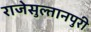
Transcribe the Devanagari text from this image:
राजेसुल्तानपुरी